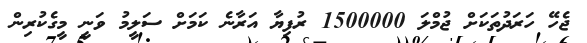
ޖެހޭ ހަރަދުތަކަށް ޖުމްލަ 1500000 ރުފިޔާ އަރާނެ ކަމަށް ސަލީމު ވަނީ މީގެކުރިން